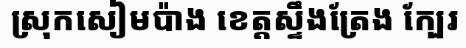
ស្រុកសៀមប៉ាង ខេត្តស្ទឹងត្រែង ក្បែរ